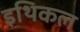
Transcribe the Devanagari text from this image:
इथिकल